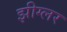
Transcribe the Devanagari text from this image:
झीग्लर